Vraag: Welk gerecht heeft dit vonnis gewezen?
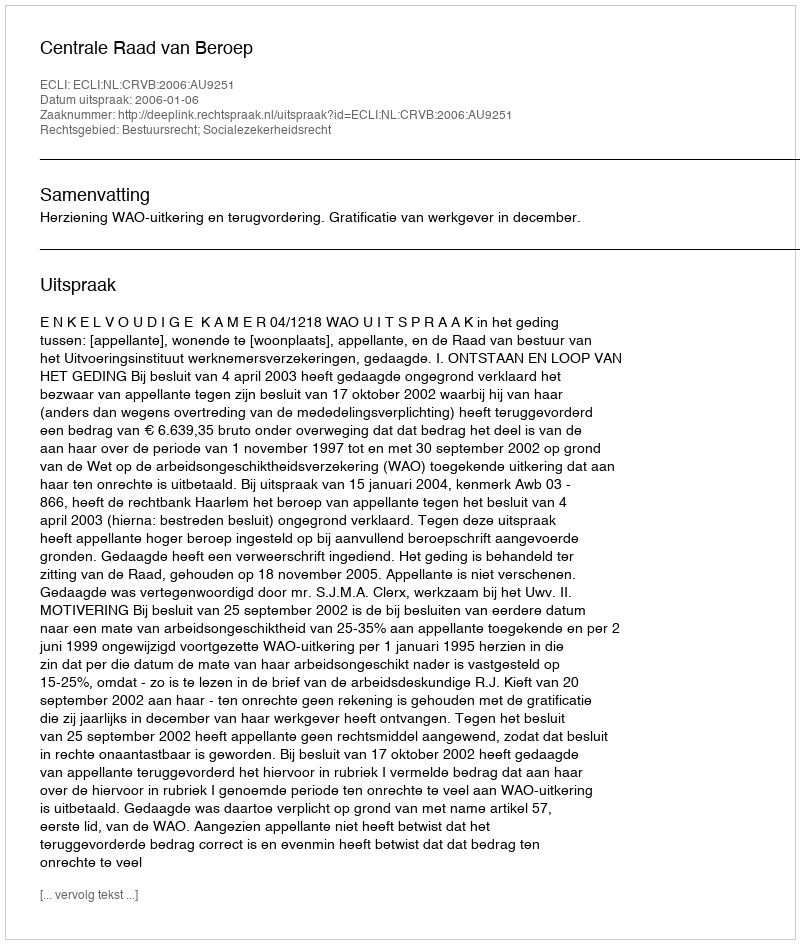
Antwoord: Centrale Raad van Beroep